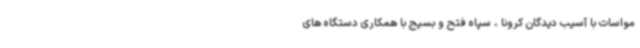
مواسات با آسیب دیدگان کرونا ، سپاه فتح و بسیج با همکاری دستگاه های